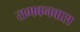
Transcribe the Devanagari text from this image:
रामवनवास